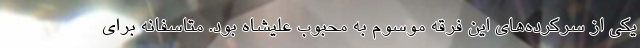
یکی از سرکرده‌های این فرقه موسوم به محبوب علیشاه بود. متاسفانه برای